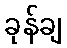
ခုန်ချ